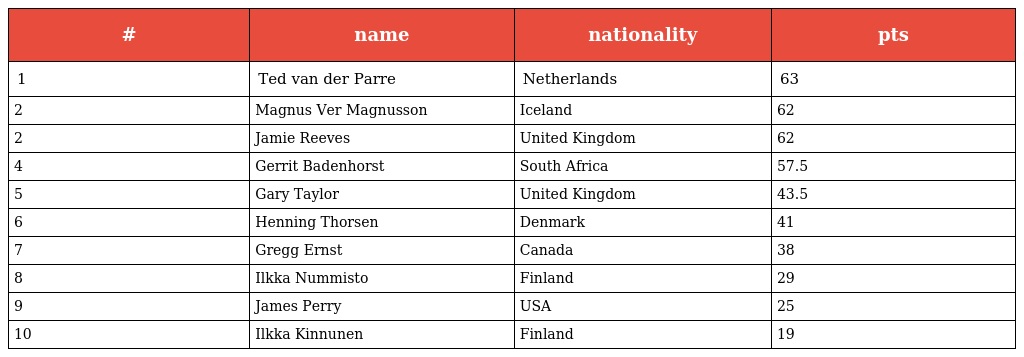
| # | name | nationality | pts |
 | --- | --- | --- | --- |
 | 1 | Ted van der Parre | Netherlands | 63 |
 | 2 | Magnus Ver Magnusson | Iceland | 62 |
 | 2 | Jamie Reeves | United Kingdom | 62 |
 | 4 | Gerrit Badenhorst | South Africa | 57.5 |
 | 5 | Gary Taylor | United Kingdom | 43.5 |
 | 6 | Henning Thorsen | Denmark | 41 |
 | 7 | Gregg Ernst | Canada | 38 |
 | 8 | Ilkka Nummisto | Finland | 29 |
 | 9 | James Perry | USA | 25 |
 | 10 | Ilkka Kinnunen | Finland | 19 |